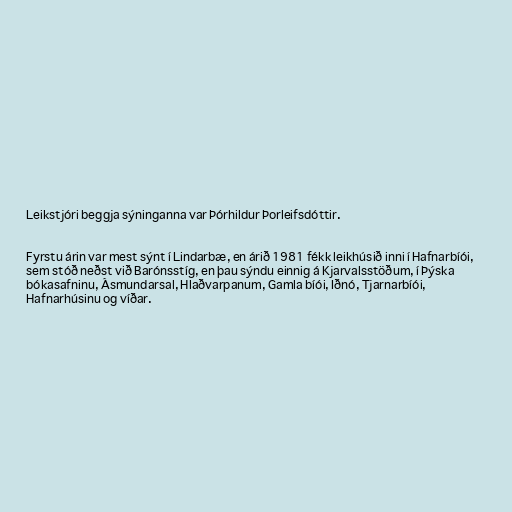
Leikstjóri beggja sýninganna var Þórhildur Þorleifsdóttir.

Fyrstu árin var mest sýnt í Lindarbæ, en árið 1981 fékk leikhúsið inni í Hafnarbíói,
sem stóð neðst við Barónsstíg, en þau sýndu einnig á Kjarvalsstöðum, í Þýska
bókasafninu, Ásmundarsal, Hlaðvarpanum, Gamla bíói, Iðnó, Tjarnarbíói,
Hafnarhúsinu og víðar.